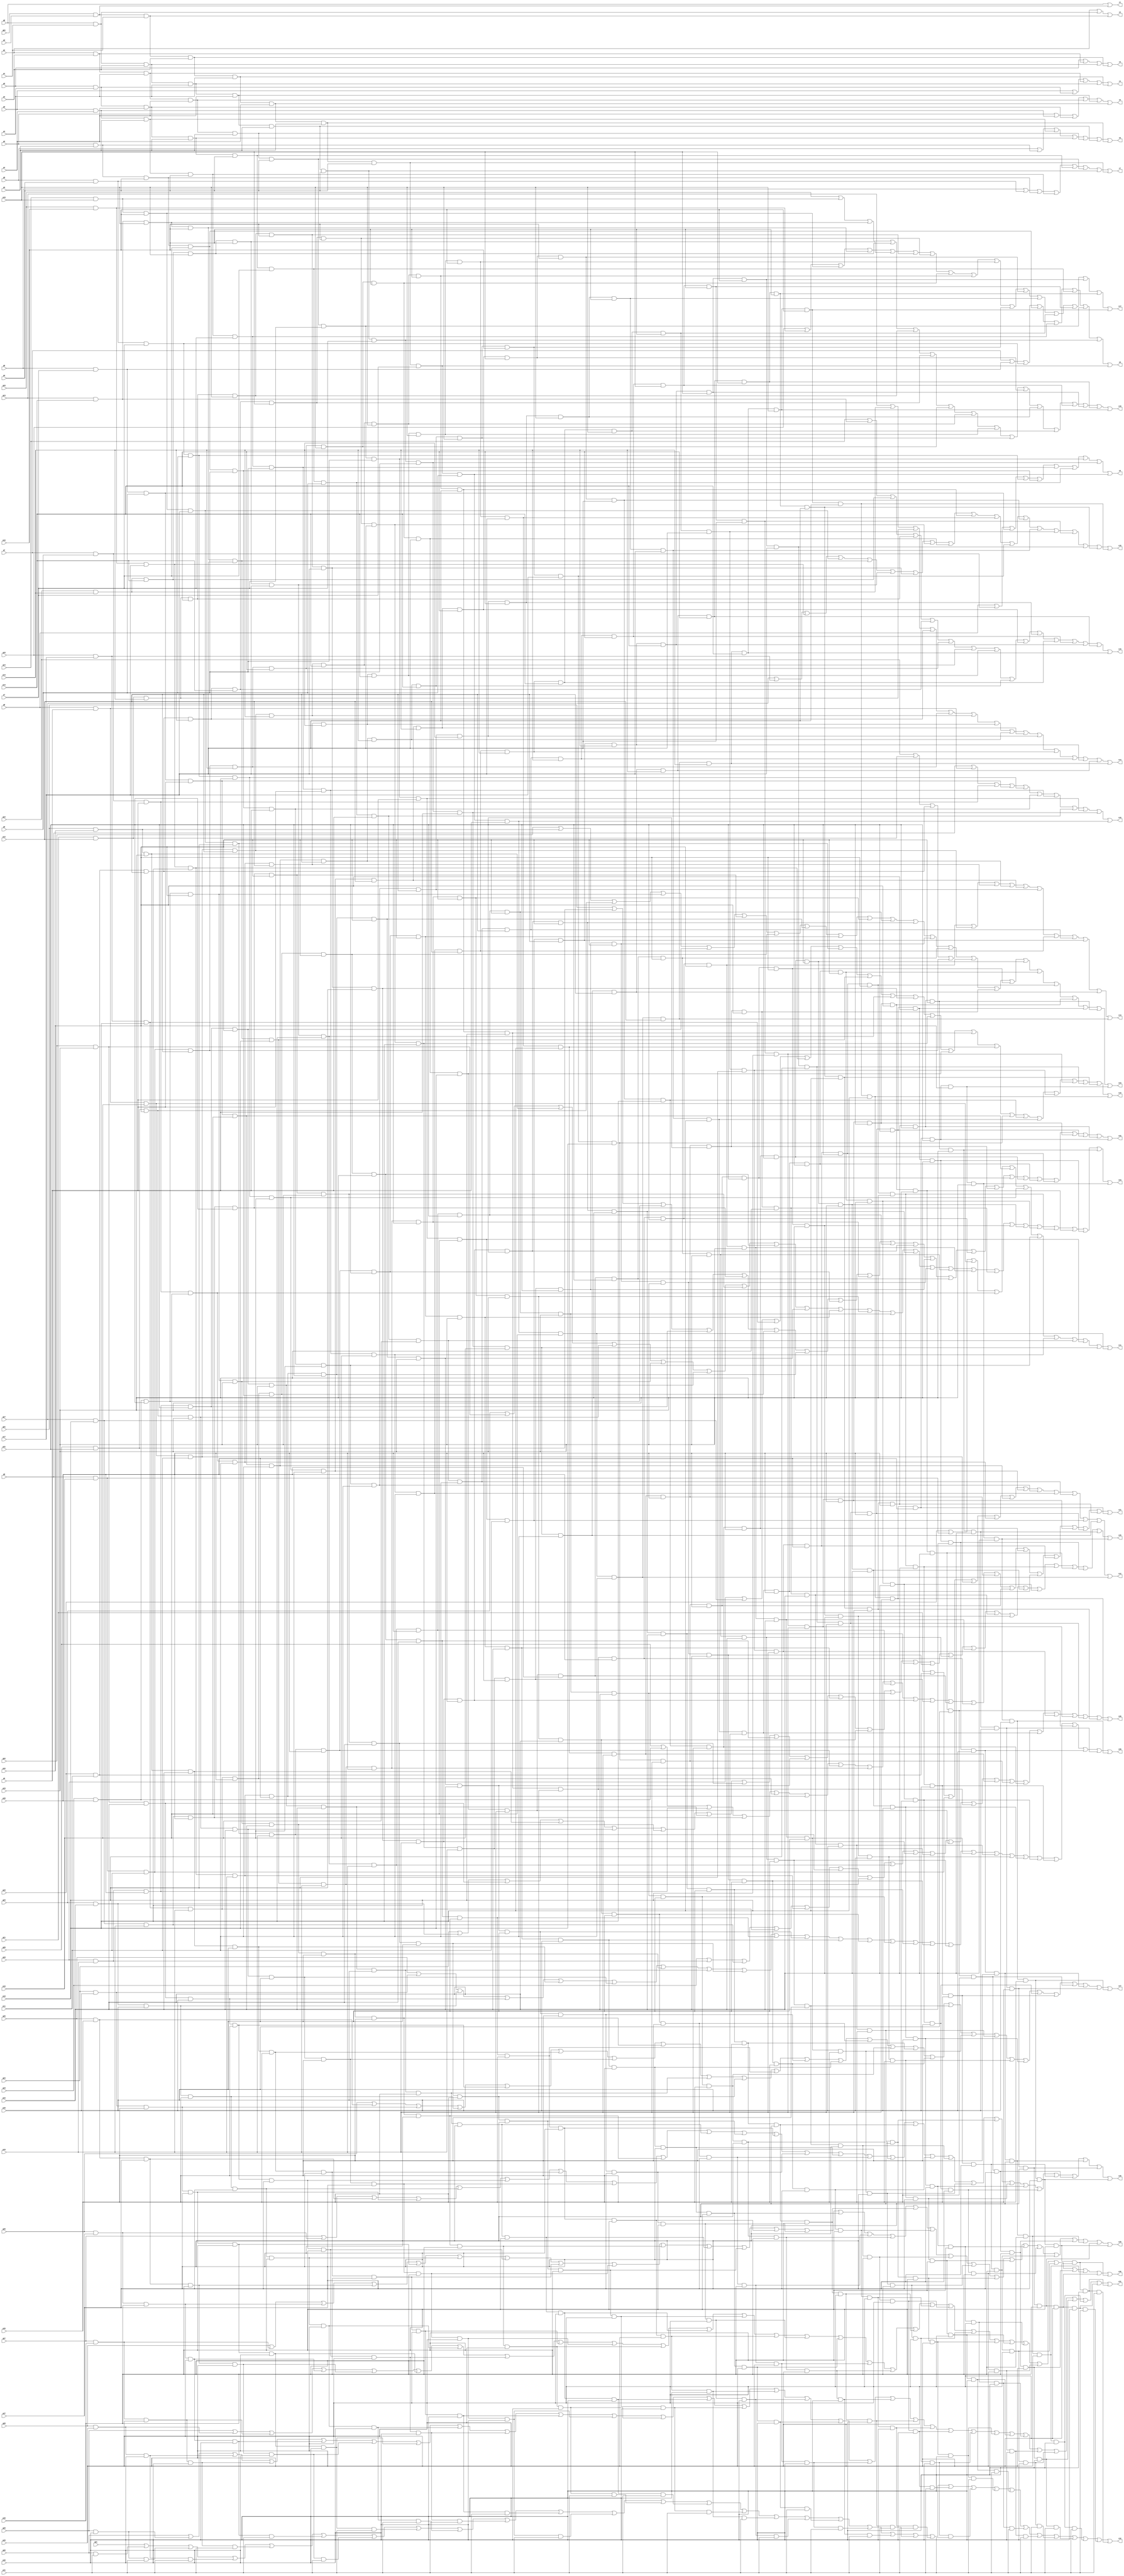
module ThirtyTwoBitCarryGenerator(gm1,g0,g1,g2,g3,g4,g5,g6,g7,g8,g9,g10,g11,g12,g13,g14,g15,g16,g17,g18,g19,g20,g21,g22,g23,g24,g25,g26,g27,g28,g29,g30,g31,p0,p1,p2,p3,p4,p5,p6,p7,p8,p9,p10,p11,p12,p13,p14,p15,p16,p17,p18,p19,p20,p21,p22,p23,p24,p25,p26,p27,p28,p29,p30,p31,c1,c2,c3,c4,c5,c6,c7,c8,c9,c10,c11,c12,c13,c14,c15,c16,c17,c18,c19,c20,c21,c22,c23,c24,c25,c26,c27,c28,c29,c30,c31,c32);
wire w0,w1,w2,w3,w4,w5,w6,w7,w8,w9,w10,w11,w12,w13,w14,w15,w16,w17,w18,w19,w20,w21,w22,w23,w24,w25,w26,w27,w28,w29,w30,w31,w32,w33,w34,w35,w36,w37,w38,w39,w40,w41,w42,w43,w44,w45,w46,w47,w48,w49,w50,w51,w52,w53,w54,w55,w56,w57,w58,w59,w60,w61,w62,w63,w64,w65,w66,w67,w68,w69,w70,w71,w72,w73,w74,w75,w76,w77,w78,w79,w80,w81,w82,w83,w84,w85,w86,w87,w88,w89,w90,w91,w92,w93,w94,w95,w96,w97,w98,w99,w100,w101,w102,w103,w104,w105,w106,w107,w108,w109,w110,w111,w112,w113,w114,w115,w116,w117,w118,w119,w120,w121,w122,w123,w124,w125,w126,w127,w128,w129,w130,w131,w132,w133,w134,w135,w136,w137,w138,w139,w140,w141,w142,w143,w144,w145,w146,w147,w148,w149,w150,w151,w152,w153,w154,w155,w156,w157,w158,w159,w160,w161,w162,w163,w164,w165,w166,w167,w168,w169,w170,w171,w172,w173,w174,w175,w176,w177,w178,w179,w180,w181,w182,w183,w184,w185,w186,w187,w188,w189,w190,w191,w192,w193,w194,w195,w196,w197,w198,w199,w200,w201,w202,w203,w204,w205,w206,w207,w208,w209,w210,w211,w212,w213,w214,w215,w216,w217,w218,w219,w220,w221,w222,w223,w224,w225,w226,w227,w228,w229,w230,w231,w232,w233,w234,w235,w236,w237,w238,w239,w240,w241,w242,w243,w244,w245,w246,w247,w248,w249,w250,w251,w252,w253,w254,w255,w256,w257,w258,w259,w260,w261,w262,w263,w264,w265,w266,w267,w268,w269,w270,w271,w272,w273,w274,w275,w276,w277,w278,w279,w280,w281,w282,w283,w284,w285,w286,w287,w288,w289,w290,w291,w292,w293,w294,w295,w296,w297,w298,w299,w300,w301,w302,w303,w304,w305,w306,w307,w308,w309,w310,w311,w312,w313,w314,w315,w316,w317,w318,w319,w320,w321,w322,w323,w324,w325,w326,w327,w328,w329,w330,w331,w332,w333,w334,w335,w336,w337,w338,w339,w340,w341,w342,w343,w344,w345,w346,w347,w348,w349,w350,w351,w352,w353,w354,w355,w356,w357,w358,w359,w360,w361,w362,w363,w364,w365,w366,w367,w368,w369,w370,w371,w372,w373,w374,w375,w376,w377,w378,w379,w380,w381,w382,w383,w384,w385,w386,w387,w388,w389,w390,w391,w392,w393,w394,w395,w396,w397,w398,w399,w400,w401,w402,w403,w404,w405,w406,w407,w408,w409,w410,w411,w412,w413,w414,w415,w416,w417,w418,w419,w420,w421,w422,w423,w424,w425,w426,w427,w428,w429,w430,w431,w432,w433,w434,w435,w436,w437,w438,w439,w440,w441,w442,w443,w444,w445,w446,w447,w448,w449,w450,w451,w452,w453,w454,w455,w456,w457,w458,w459,w460,w461,w462,w463,w464,w465,w466,w467,w468,w469,w470,w471,w472,w473,w474,w475,w476,w477,w478,w479,w480,w481,w482,w483,w484,w485,w486,w487,w488,w489,w490,w491,w492,w493,w494,w495,w496,w497,w498,w499,w500,w501,w502,w503,w504,w505,w506,w507,w508,w509,w510,w511,w512,w513,w514,w515,w516,w517,w518,w519,w520,w521,w522,w523,w524,w525,w526,w527;
input p0,p1,p2,p3,p4,p5,p6,p7,p8,p9,p10,p11,p12,p13,p14,p15,p16,p17,p18,p19,p20,p21,p22,p23,p24,p25,p26,p27,p28,p29,p30,p31,gm1,g0,g1,g2,g3,g4,g5,g6,g7,g8,g9,g10,g11,g12,g13,g14,g15,g16,g17,g18,g19,g20,g21,g22,g23,g24,g25,g26,g27,g28,g29,g30,g31;
output c1,c2,c3,c4,c5,c6,c7,c8,c9,c10,c11,c12,c13,c14,c15,c16,c17,c18,c19,c20,c21,c22,c23,c24,c25,c26,c27,c28,c29,c30,c31,c32;
and and0(w0,gm1,p0);
or or0(c1,g0,w0);
and and1(w1,g0,p1);
and and2(w2,gm1,p0,p1);
or or1(c2,g1,w1,w2);
and and3(w3,g1,p2);
and and4(w4,g0,p1,p2);
and and5(w5,gm1,p0,p1,p2);
or or2(c3,g2,w3,w4,w5);
and and6(w6,g2,p3);
and and7(w7,g1,p2,p3);
and and8(w8,g0,p1,p2,p3);
and and9(w9,gm1,p0,p1,p2,p3);
or or3(c4,g3,w6,w7,w8,w9);
and and10(w10,g3,p4);
and and11(w11,g2,p3,p4);
and and12(w12,g1,p2,p3,p4);
and and13(w13,g0,p1,p2,p3,p4);
and and14(w14,gm1,p0,p1,p2,p3,p4);
or or4(c5,g4,w10,w11,w12,w13,w14);
and and15(w15,g4,p5);
and and16(w16,g3,p4,p5);
and and17(w17,g2,p3,p4,p5);
and and18(w18,g1,p2,p3,p4,p5);
and and19(w19,g0,p1,p2,p3,p4,p5);
and and20(w20,gm1,p0,p1,p2,p3,p4,p5);
or or5(c6,g5,w15,w16,w17,w18,w19,w20);
and and21(w21,g5,p6);
and and22(w22,g4,p5,p6);
and and23(w23,g3,p4,p5,p6);
and and24(w24,g2,p3,p4,p5,p6);
and and25(w25,g1,p2,p3,p4,p5,p6);
and and26(w26,g0,p1,p2,p3,p4,p5,p6);
and and27(w27,gm1,p0,p1,p2,p3,p4,p5,p6);
or or6(c7,g6,w21,w22,w23,w24,w25,w26,w27);
and and28(w28,g6,p7);
and and29(w29,g5,p6,p7);
and and30(w30,g4,p5,p6,p7);
and and31(w31,g3,p4,p5,p6,p7);
and and32(w32,g2,p3,p4,p5,p6,p7);
and and33(w33,g1,p2,p3,p4,p5,p6,p7);
and and34(w34,g0,p1,p2,p3,p4,p5,p6,p7);
and and35(w35,gm1,p0,p1,p2,p3,p4,p5,p6,p7);
or or7(c8,g7,w28,w29,w30,w31,w32,w33,w34,w35);
and and36(w36,g7,p8);
and and37(w37,g6,p7,p8);
and and38(w38,g5,p6,p7,p8);
and and39(w39,g4,p5,p6,p7,p8);
and and40(w40,g3,p4,p5,p6,p7,p8);
and and41(w41,g2,p3,p4,p5,p6,p7,p8);
and and42(w42,g1,p2,p3,p4,p5,p6,p7,p8);
and and43(w43,g0,p1,p2,p3,p4,p5,p6,p7,p8);
and and44(w44,gm1,p0,p1,p2,p3,p4,p5,p6,p7,p8);
or or8(c9,g8,w36,w37,w38,w39,w40,w41,w42,w43,w44);
and and45(w45,g8,p9);
and and46(w46,g7,p8,p9);
and and47(w47,g6,p7,p8,p9);
and and48(w48,g5,p6,p7,p8,p9);
and and49(w49,g4,p5,p6,p7,p8,p9);
and and50(w50,g3,p4,p5,p6,p7,p8,p9);
and and51(w51,g2,p3,p4,p5,p6,p7,p8,p9);
and and52(w52,g1,p2,p3,p4,p5,p6,p7,p8,p9);
and and53(w53,g0,p1,p2,p3,p4,p5,p6,p7,p8,p9);
and and54(w54,gm1,p0,p1,p2,p3,p4,p5,p6,p7,p8,p9);
or or9(c10,g9,w45,w46,w47,w48,w49,w50,w51,w52,w53,w54);
and and55(w55,g9,p10);
and and56(w56,g8,p9,p10);
and and57(w57,g7,p8,p9,p10);
and and58(w58,g6,p7,p8,p9,p10);
and and59(w59,g5,p6,p7,p8,p9,p10);
and and60(w60,g4,p5,p6,p7,p8,p9,p10);
and and61(w61,g3,p4,p5,p6,p7,p8,p9,p10);
and and62(w62,g2,p3,p4,p5,p6,p7,p8,p9,p10);
and and63(w63,g1,p2,p3,p4,p5,p6,p7,p8,p9,p10);
and and64(w64,g0,p1,p2,p3,p4,p5,p6,p7,p8,p9,p10);
and and65(w65,gm1,p0,p1,p2,p3,p4,p5,p6,p7,p8,p9,p10);
or or10(c11,g10,w55,w56,w57,w58,w59,w60,w61,w62,w63,w64,w65);
and and66(w66,g10,p11);
and and67(w67,g9,p10,p11);
and and68(w68,g8,p9,p10,p11);
and and69(w69,g7,p8,p9,p10,p11);
and and70(w70,g6,p7,p8,p9,p10,p11);
and and71(w71,g5,p6,p7,p8,p9,p10,p11);
and and72(w72,g4,p5,p6,p7,p8,p9,p10,p11);
and and73(w73,g3,p4,p5,p6,p7,p8,p9,p10,p11);
and and74(w74,g2,p3,p4,p5,p6,p7,p8,p9,p10,p11);
and and75(w75,g1,p2,p3,p4,p5,p6,p7,p8,p9,p10,p11);
and and76(w76,g0,p1,p2,p3,p4,p5,p6,p7,p8,p9,p10,p11);
and and77(w77,gm1,p0,p1,p2,p3,p4,p5,p6,p7,p8,p9,p10,p11);
or or11(c12,g11,w66,w67,w68,w69,w70,w71,w72,w73,w74,w75,w76,w77);
and and78(w78,g11,p12);
and and79(w79,g10,p11,p12);
and and80(w80,g9,p10,p11,p12);
and and81(w81,g8,p9,p10,p11,p12);
and and82(w82,g7,p8,p9,p10,p11,p12);
and and83(w83,g6,p7,p8,p9,p10,p11,p12);
and and84(w84,g5,p6,p7,p8,p9,p10,p11,p12);
and and85(w85,g4,p5,p6,p7,p8,p9,p10,p11,p12);
and and86(w86,g3,p4,p5,p6,p7,p8,p9,p10,p11,p12);
and and87(w87,g2,p3,p4,p5,p6,p7,p8,p9,p10,p11,p12);
and and88(w88,g1,p2,p3,p4,p5,p6,p7,p8,p9,p10,p11,p12);
and and89(w89,g0,p1,p2,p3,p4,p5,p6,p7,p8,p9,p10,p11,p12);
and and90(w90,gm1,p0,p1,p2,p3,p4,p5,p6,p7,p8,p9,p10,p11,p12);
or or12(c13,g12,w78,w79,w80,w81,w82,w83,w84,w85,w86,w87,w88,w89,w90);
and and91(w91,g12,p13);
and and92(w92,g11,p12,p13);
and and93(w93,g10,p11,p12,p13);
and and94(w94,g9,p10,p11,p12,p13);
and and95(w95,g8,p9,p10,p11,p12,p13);
and and96(w96,g7,p8,p9,p10,p11,p12,p13);
and and97(w97,g6,p7,p8,p9,p10,p11,p12,p13);
and and98(w98,g5,p6,p7,p8,p9,p10,p11,p12,p13);
and and99(w99,g4,p5,p6,p7,p8,p9,p10,p11,p12,p13);
and and100(w100,g3,p4,p5,p6,p7,p8,p9,p10,p11,p12,p13);
and and101(w101,g2,p3,p4,p5,p6,p7,p8,p9,p10,p11,p12,p13);
and and102(w102,g1,p2,p3,p4,p5,p6,p7,p8,p9,p10,p11,p12,p13);
and and103(w103,g0,p1,p2,p3,p4,p5,p6,p7,p8,p9,p10,p11,p12,p13);
and and104(w104,gm1,p0,p1,p2,p3,p4,p5,p6,p7,p8,p9,p10,p11,p12,p13);
or or13(c14,g13,w91,w92,w93,w94,w95,w96,w97,w98,w99,w100,w101,w102,w103,w104);
and and105(w105,g13,p14);
and and106(w106,g12,p13,p14);
and and107(w107,g11,p12,p13,p14);
and and108(w108,g10,p11,p12,p13,p14);
and and109(w109,g9,p10,p11,p12,p13,p14);
and and110(w110,g8,p9,p10,p11,p12,p13,p14);
and and111(w111,g7,p8,p9,p10,p11,p12,p13,p14);
and and112(w112,g6,p7,p8,p9,p10,p11,p12,p13,p14);
and and113(w113,g5,p6,p7,p8,p9,p10,p11,p12,p13,p14);
and and114(w114,g4,p5,p6,p7,p8,p9,p10,p11,p12,p13,p14);
and and115(w115,g3,p4,p5,p6,p7,p8,p9,p10,p11,p12,p13,p14);
and and116(w116,g2,p3,p4,p5,p6,p7,p8,p9,p10,p11,p12,p13,p14);
and and117(w117,g1,p2,p3,p4,p5,p6,p7,p8,p9,p10,p11,p12,p13,p14);
and and118(w118,g0,p1,p2,p3,p4,p5,p6,p7,p8,p9,p10,p11,p12,p13,p14);
and and119(w119,gm1,p0,p1,p2,p3,p4,p5,p6,p7,p8,p9,p10,p11,p12,p13,p14);
or or14(c15,g14,w105,w106,w107,w108,w109,w110,w111,w112,w113,w114,w115,w116,w117,w118,w119);
and and120(w120,g14,p15);
and and121(w121,g13,p14,p15);
and and122(w122,g12,p13,p14,p15);
and and123(w123,g11,p12,p13,p14,p15);
and and124(w124,g10,p11,p12,p13,p14,p15);
and and125(w125,g9,p10,p11,p12,p13,p14,p15);
and and126(w126,g8,p9,p10,p11,p12,p13,p14,p15);
and and127(w127,g7,p8,p9,p10,p11,p12,p13,p14,p15);
and and128(w128,g6,p7,p8,p9,p10,p11,p12,p13,p14,p15);
and and129(w129,g5,p6,p7,p8,p9,p10,p11,p12,p13,p14,p15);
and and130(w130,g4,p5,p6,p7,p8,p9,p10,p11,p12,p13,p14,p15);
and and131(w131,g3,p4,p5,p6,p7,p8,p9,p10,p11,p12,p13,p14,p15);
and and132(w132,g2,p3,p4,p5,p6,p7,p8,p9,p10,p11,p12,p13,p14,p15);
and and133(w133,g1,p2,p3,p4,p5,p6,p7,p8,p9,p10,p11,p12,p13,p14,p15);
and and134(w134,g0,p1,p2,p3,p4,p5,p6,p7,p8,p9,p10,p11,p12,p13,p14,p15);
and and135(w135,gm1,p0,p1,p2,p3,p4,p5,p6,p7,p8,p9,p10,p11,p12,p13,p14,p15);
or or15(c16,g15,w120,w121,w122,w123,w124,w125,w126,w127,w128,w129,w130,w131,w132,w133,w134,w135);
and and136(w136,g15,p16);
and and137(w137,g14,p15,p16);
and and138(w138,g13,p14,p15,p16);
and and139(w139,g12,p13,p14,p15,p16);
and and140(w140,g11,p12,p13,p14,p15,p16);
and and141(w141,g10,p11,p12,p13,p14,p15,p16);
and and142(w142,g9,p10,p11,p12,p13,p14,p15,p16);
and and143(w143,g8,p9,p10,p11,p12,p13,p14,p15,p16);
and and144(w144,g7,p8,p9,p10,p11,p12,p13,p14,p15,p16);
and and145(w145,g6,p7,p8,p9,p10,p11,p12,p13,p14,p15,p16);
and and146(w146,g5,p6,p7,p8,p9,p10,p11,p12,p13,p14,p15,p16);
and and147(w147,g4,p5,p6,p7,p8,p9,p10,p11,p12,p13,p14,p15,p16);
and and148(w148,g3,p4,p5,p6,p7,p8,p9,p10,p11,p12,p13,p14,p15,p16);
and and149(w149,g2,p3,p4,p5,p6,p7,p8,p9,p10,p11,p12,p13,p14,p15,p16);
and and150(w150,g1,p2,p3,p4,p5,p6,p7,p8,p9,p10,p11,p12,p13,p14,p15,p16);
and and151(w151,g0,p1,p2,p3,p4,p5,p6,p7,p8,p9,p10,p11,p12,p13,p14,p15,p16);
and and152(w152,gm1,p0,p1,p2,p3,p4,p5,p6,p7,p8,p9,p10,p11,p12,p13,p14,p15,p16);
or or16(c17,g16,w136,w137,w138,w139,w140,w141,w142,w143,w144,w145,w146,w147,w148,w149,w150,w151,w152);
and and153(w153,g16,p17);
and and154(w154,g15,p16,p17);
and and155(w155,g14,p15,p16,p17);
and and156(w156,g13,p14,p15,p16,p17);
and and157(w157,g12,p13,p14,p15,p16,p17);
and and158(w158,g11,p12,p13,p14,p15,p16,p17);
and and159(w159,g10,p11,p12,p13,p14,p15,p16,p17);
and and160(w160,g9,p10,p11,p12,p13,p14,p15,p16,p17);
and and161(w161,g8,p9,p10,p11,p12,p13,p14,p15,p16,p17);
and and162(w162,g7,p8,p9,p10,p11,p12,p13,p14,p15,p16,p17);
and and163(w163,g6,p7,p8,p9,p10,p11,p12,p13,p14,p15,p16,p17);
and and164(w164,g5,p6,p7,p8,p9,p10,p11,p12,p13,p14,p15,p16,p17);
and and165(w165,g4,p5,p6,p7,p8,p9,p10,p11,p12,p13,p14,p15,p16,p17);
and and166(w166,g3,p4,p5,p6,p7,p8,p9,p10,p11,p12,p13,p14,p15,p16,p17);
and and167(w167,g2,p3,p4,p5,p6,p7,p8,p9,p10,p11,p12,p13,p14,p15,p16,p17);
and and168(w168,g1,p2,p3,p4,p5,p6,p7,p8,p9,p10,p11,p12,p13,p14,p15,p16,p17);
and and169(w169,g0,p1,p2,p3,p4,p5,p6,p7,p8,p9,p10,p11,p12,p13,p14,p15,p16,p17);
and and170(w170,gm1,p0,p1,p2,p3,p4,p5,p6,p7,p8,p9,p10,p11,p12,p13,p14,p15,p16,p17);
or or17(c18,g17,w153,w154,w155,w156,w157,w158,w159,w160,w161,w162,w163,w164,w165,w166,w167,w168,w169,w170);
and and171(w171,g17,p18);
and and172(w172,g16,p17,p18);
and and173(w173,g15,p16,p17,p18);
and and174(w174,g14,p15,p16,p17,p18);
and and175(w175,g13,p14,p15,p16,p17,p18);
and and176(w176,g12,p13,p14,p15,p16,p17,p18);
and and177(w177,g11,p12,p13,p14,p15,p16,p17,p18);
and and178(w178,g10,p11,p12,p13,p14,p15,p16,p17,p18);
and and179(w179,g9,p10,p11,p12,p13,p14,p15,p16,p17,p18);
and and180(w180,g8,p9,p10,p11,p12,p13,p14,p15,p16,p17,p18);
and and181(w181,g7,p8,p9,p10,p11,p12,p13,p14,p15,p16,p17,p18);
and and182(w182,g6,p7,p8,p9,p10,p11,p12,p13,p14,p15,p16,p17,p18);
and and183(w183,g5,p6,p7,p8,p9,p10,p11,p12,p13,p14,p15,p16,p17,p18);
and and184(w184,g4,p5,p6,p7,p8,p9,p10,p11,p12,p13,p14,p15,p16,p17,p18);
and and185(w185,g3,p4,p5,p6,p7,p8,p9,p10,p11,p12,p13,p14,p15,p16,p17,p18);
and and186(w186,g2,p3,p4,p5,p6,p7,p8,p9,p10,p11,p12,p13,p14,p15,p16,p17,p18);
and and187(w187,g1,p2,p3,p4,p5,p6,p7,p8,p9,p10,p11,p12,p13,p14,p15,p16,p17,p18);
and and188(w188,g0,p1,p2,p3,p4,p5,p6,p7,p8,p9,p10,p11,p12,p13,p14,p15,p16,p17,p18);
and and189(w189,gm1,p0,p1,p2,p3,p4,p5,p6,p7,p8,p9,p10,p11,p12,p13,p14,p15,p16,p17,p18);
or or18(c19,g18,w171,w172,w173,w174,w175,w176,w177,w178,w179,w180,w181,w182,w183,w184,w185,w186,w187,w188,w189);
and and190(w190,g18,p19);
and and191(w191,g17,p18,p19);
and and192(w192,g16,p17,p18,p19);
and and193(w193,g15,p16,p17,p18,p19);
and and194(w194,g14,p15,p16,p17,p18,p19);
and and195(w195,g13,p14,p15,p16,p17,p18,p19);
and and196(w196,g12,p13,p14,p15,p16,p17,p18,p19);
and and197(w197,g11,p12,p13,p14,p15,p16,p17,p18,p19);
and and198(w198,g10,p11,p12,p13,p14,p15,p16,p17,p18,p19);
and and199(w199,g9,p10,p11,p12,p13,p14,p15,p16,p17,p18,p19);
and and200(w200,g8,p9,p10,p11,p12,p13,p14,p15,p16,p17,p18,p19);
and and201(w201,g7,p8,p9,p10,p11,p12,p13,p14,p15,p16,p17,p18,p19);
and and202(w202,g6,p7,p8,p9,p10,p11,p12,p13,p14,p15,p16,p17,p18,p19);
and and203(w203,g5,p6,p7,p8,p9,p10,p11,p12,p13,p14,p15,p16,p17,p18,p19);
and and204(w204,g4,p5,p6,p7,p8,p9,p10,p11,p12,p13,p14,p15,p16,p17,p18,p19);
and and205(w205,g3,p4,p5,p6,p7,p8,p9,p10,p11,p12,p13,p14,p15,p16,p17,p18,p19);
and and206(w206,g2,p3,p4,p5,p6,p7,p8,p9,p10,p11,p12,p13,p14,p15,p16,p17,p18,p19);
and and207(w207,g1,p2,p3,p4,p5,p6,p7,p8,p9,p10,p11,p12,p13,p14,p15,p16,p17,p18,p19);
and and208(w208,g0,p1,p2,p3,p4,p5,p6,p7,p8,p9,p10,p11,p12,p13,p14,p15,p16,p17,p18,p19);
and and209(w209,gm1,p0,p1,p2,p3,p4,p5,p6,p7,p8,p9,p10,p11,p12,p13,p14,p15,p16,p17,p18,p19);
or or19(c20,g19,w190,w191,w192,w193,w194,w195,w196,w197,w198,w199,w200,w201,w202,w203,w204,w205,w206,w207,w208,w209);
and and210(w210,g19,p20);
and and211(w211,g18,p19,p20);
and and212(w212,g17,p18,p19,p20);
and and213(w213,g16,p17,p18,p19,p20);
and and214(w214,g15,p16,p17,p18,p19,p20);
and and215(w215,g14,p15,p16,p17,p18,p19,p20);
and and216(w216,g13,p14,p15,p16,p17,p18,p19,p20);
and and217(w217,g12,p13,p14,p15,p16,p17,p18,p19,p20);
and and218(w218,g11,p12,p13,p14,p15,p16,p17,p18,p19,p20);
and and219(w219,g10,p11,p12,p13,p14,p15,p16,p17,p18,p19,p20);
and and220(w220,g9,p10,p11,p12,p13,p14,p15,p16,p17,p18,p19,p20);
and and221(w221,g8,p9,p10,p11,p12,p13,p14,p15,p16,p17,p18,p19,p20);
and and222(w222,g7,p8,p9,p10,p11,p12,p13,p14,p15,p16,p17,p18,p19,p20);
and and223(w223,g6,p7,p8,p9,p10,p11,p12,p13,p14,p15,p16,p17,p18,p19,p20);
and and224(w224,g5,p6,p7,p8,p9,p10,p11,p12,p13,p14,p15,p16,p17,p18,p19,p20);
and and225(w225,g4,p5,p6,p7,p8,p9,p10,p11,p12,p13,p14,p15,p16,p17,p18,p19,p20);
and and226(w226,g3,p4,p5,p6,p7,p8,p9,p10,p11,p12,p13,p14,p15,p16,p17,p18,p19,p20);
and and227(w227,g2,p3,p4,p5,p6,p7,p8,p9,p10,p11,p12,p13,p14,p15,p16,p17,p18,p19,p20);
and and228(w228,g1,p2,p3,p4,p5,p6,p7,p8,p9,p10,p11,p12,p13,p14,p15,p16,p17,p18,p19,p20);
and and229(w229,g0,p1,p2,p3,p4,p5,p6,p7,p8,p9,p10,p11,p12,p13,p14,p15,p16,p17,p18,p19,p20);
and and230(w230,gm1,p0,p1,p2,p3,p4,p5,p6,p7,p8,p9,p10,p11,p12,p13,p14,p15,p16,p17,p18,p19,p20);
or or20(c21,g20,w210,w211,w212,w213,w214,w215,w216,w217,w218,w219,w220,w221,w222,w223,w224,w225,w226,w227,w228,w229,w230);
and and231(w231,g20,p21);
and and232(w232,g19,p20,p21);
and and233(w233,g18,p19,p20,p21);
and and234(w234,g17,p18,p19,p20,p21);
and and235(w235,g16,p17,p18,p19,p20,p21);
and and236(w236,g15,p16,p17,p18,p19,p20,p21);
and and237(w237,g14,p15,p16,p17,p18,p19,p20,p21);
and and238(w238,g13,p14,p15,p16,p17,p18,p19,p20,p21);
and and239(w239,g12,p13,p14,p15,p16,p17,p18,p19,p20,p21);
and and240(w240,g11,p12,p13,p14,p15,p16,p17,p18,p19,p20,p21);
and and241(w241,g10,p11,p12,p13,p14,p15,p16,p17,p18,p19,p20,p21);
and and242(w242,g9,p10,p11,p12,p13,p14,p15,p16,p17,p18,p19,p20,p21);
and and243(w243,g8,p9,p10,p11,p12,p13,p14,p15,p16,p17,p18,p19,p20,p21);
and and244(w244,g7,p8,p9,p10,p11,p12,p13,p14,p15,p16,p17,p18,p19,p20,p21);
and and245(w245,g6,p7,p8,p9,p10,p11,p12,p13,p14,p15,p16,p17,p18,p19,p20,p21);
and and246(w246,g5,p6,p7,p8,p9,p10,p11,p12,p13,p14,p15,p16,p17,p18,p19,p20,p21);
and and247(w247,g4,p5,p6,p7,p8,p9,p10,p11,p12,p13,p14,p15,p16,p17,p18,p19,p20,p21);
and and248(w248,g3,p4,p5,p6,p7,p8,p9,p10,p11,p12,p13,p14,p15,p16,p17,p18,p19,p20,p21);
and and249(w249,g2,p3,p4,p5,p6,p7,p8,p9,p10,p11,p12,p13,p14,p15,p16,p17,p18,p19,p20,p21);
and and250(w250,g1,p2,p3,p4,p5,p6,p7,p8,p9,p10,p11,p12,p13,p14,p15,p16,p17,p18,p19,p20,p21);
and and251(w251,g0,p1,p2,p3,p4,p5,p6,p7,p8,p9,p10,p11,p12,p13,p14,p15,p16,p17,p18,p19,p20,p21);
and and252(w252,gm1,p0,p1,p2,p3,p4,p5,p6,p7,p8,p9,p10,p11,p12,p13,p14,p15,p16,p17,p18,p19,p20,p21);
or or21(c22,g21,w231,w232,w233,w234,w235,w236,w237,w238,w239,w240,w241,w242,w243,w244,w245,w246,w247,w248,w249,w250,w251,w252);
and and253(w253,g21,p22);
and and254(w254,g20,p21,p22);
and and255(w255,g19,p20,p21,p22);
and and256(w256,g18,p19,p20,p21,p22);
and and257(w257,g17,p18,p19,p20,p21,p22);
and and258(w258,g16,p17,p18,p19,p20,p21,p22);
and and259(w259,g15,p16,p17,p18,p19,p20,p21,p22);
and and260(w260,g14,p15,p16,p17,p18,p19,p20,p21,p22);
and and261(w261,g13,p14,p15,p16,p17,p18,p19,p20,p21,p22);
and and262(w262,g12,p13,p14,p15,p16,p17,p18,p19,p20,p21,p22);
and and263(w263,g11,p12,p13,p14,p15,p16,p17,p18,p19,p20,p21,p22);
and and264(w264,g10,p11,p12,p13,p14,p15,p16,p17,p18,p19,p20,p21,p22);
and and265(w265,g9,p10,p11,p12,p13,p14,p15,p16,p17,p18,p19,p20,p21,p22);
and and266(w266,g8,p9,p10,p11,p12,p13,p14,p15,p16,p17,p18,p19,p20,p21,p22);
and and267(w267,g7,p8,p9,p10,p11,p12,p13,p14,p15,p16,p17,p18,p19,p20,p21,p22);
and and268(w268,g6,p7,p8,p9,p10,p11,p12,p13,p14,p15,p16,p17,p18,p19,p20,p21,p22);
and and269(w269,g5,p6,p7,p8,p9,p10,p11,p12,p13,p14,p15,p16,p17,p18,p19,p20,p21,p22);
and and270(w270,g4,p5,p6,p7,p8,p9,p10,p11,p12,p13,p14,p15,p16,p17,p18,p19,p20,p21,p22);
and and271(w271,g3,p4,p5,p6,p7,p8,p9,p10,p11,p12,p13,p14,p15,p16,p17,p18,p19,p20,p21,p22);
and and272(w272,g2,p3,p4,p5,p6,p7,p8,p9,p10,p11,p12,p13,p14,p15,p16,p17,p18,p19,p20,p21,p22);
and and273(w273,g1,p2,p3,p4,p5,p6,p7,p8,p9,p10,p11,p12,p13,p14,p15,p16,p17,p18,p19,p20,p21,p22);
and and274(w274,g0,p1,p2,p3,p4,p5,p6,p7,p8,p9,p10,p11,p12,p13,p14,p15,p16,p17,p18,p19,p20,p21,p22);
and and275(w275,gm1,p0,p1,p2,p3,p4,p5,p6,p7,p8,p9,p10,p11,p12,p13,p14,p15,p16,p17,p18,p19,p20,p21,p22);
or or22(c23,g22,w253,w254,w255,w256,w257,w258,w259,w260,w261,w262,w263,w264,w265,w266,w267,w268,w269,w270,w271,w272,w273,w274,w275);
and and276(w276,g22,p23);
and and277(w277,g21,p22,p23);
and and278(w278,g20,p21,p22,p23);
and and279(w279,g19,p20,p21,p22,p23);
and and280(w280,g18,p19,p20,p21,p22,p23);
and and281(w281,g17,p18,p19,p20,p21,p22,p23);
and and282(w282,g16,p17,p18,p19,p20,p21,p22,p23);
and and283(w283,g15,p16,p17,p18,p19,p20,p21,p22,p23);
and and284(w284,g14,p15,p16,p17,p18,p19,p20,p21,p22,p23);
and and285(w285,g13,p14,p15,p16,p17,p18,p19,p20,p21,p22,p23);
and and286(w286,g12,p13,p14,p15,p16,p17,p18,p19,p20,p21,p22,p23);
and and287(w287,g11,p12,p13,p14,p15,p16,p17,p18,p19,p20,p21,p22,p23);
and and288(w288,g10,p11,p12,p13,p14,p15,p16,p17,p18,p19,p20,p21,p22,p23);
and and289(w289,g9,p10,p11,p12,p13,p14,p15,p16,p17,p18,p19,p20,p21,p22,p23);
and and290(w290,g8,p9,p10,p11,p12,p13,p14,p15,p16,p17,p18,p19,p20,p21,p22,p23);
and and291(w291,g7,p8,p9,p10,p11,p12,p13,p14,p15,p16,p17,p18,p19,p20,p21,p22,p23);
and and292(w292,g6,p7,p8,p9,p10,p11,p12,p13,p14,p15,p16,p17,p18,p19,p20,p21,p22,p23);
and and293(w293,g5,p6,p7,p8,p9,p10,p11,p12,p13,p14,p15,p16,p17,p18,p19,p20,p21,p22,p23);
and and294(w294,g4,p5,p6,p7,p8,p9,p10,p11,p12,p13,p14,p15,p16,p17,p18,p19,p20,p21,p22,p23);
and and295(w295,g3,p4,p5,p6,p7,p8,p9,p10,p11,p12,p13,p14,p15,p16,p17,p18,p19,p20,p21,p22,p23);
and and296(w296,g2,p3,p4,p5,p6,p7,p8,p9,p10,p11,p12,p13,p14,p15,p16,p17,p18,p19,p20,p21,p22,p23);
and and297(w297,g1,p2,p3,p4,p5,p6,p7,p8,p9,p10,p11,p12,p13,p14,p15,p16,p17,p18,p19,p20,p21,p22,p23);
and and298(w298,g0,p1,p2,p3,p4,p5,p6,p7,p8,p9,p10,p11,p12,p13,p14,p15,p16,p17,p18,p19,p20,p21,p22,p23);
and and299(w299,gm1,p0,p1,p2,p3,p4,p5,p6,p7,p8,p9,p10,p11,p12,p13,p14,p15,p16,p17,p18,p19,p20,p21,p22,p23);
or or23(c24,g23,w276,w277,w278,w279,w280,w281,w282,w283,w284,w285,w286,w287,w288,w289,w290,w291,w292,w293,w294,w295,w296,w297,w298,w299);
and and300(w300,g23,p24);
and and301(w301,g22,p23,p24);
and and302(w302,g21,p22,p23,p24);
and and303(w303,g20,p21,p22,p23,p24);
and and304(w304,g19,p20,p21,p22,p23,p24);
and and305(w305,g18,p19,p20,p21,p22,p23,p24);
and and306(w306,g17,p18,p19,p20,p21,p22,p23,p24);
and and307(w307,g16,p17,p18,p19,p20,p21,p22,p23,p24);
and and308(w308,g15,p16,p17,p18,p19,p20,p21,p22,p23,p24);
and and309(w309,g14,p15,p16,p17,p18,p19,p20,p21,p22,p23,p24);
and and310(w310,g13,p14,p15,p16,p17,p18,p19,p20,p21,p22,p23,p24);
and and311(w311,g12,p13,p14,p15,p16,p17,p18,p19,p20,p21,p22,p23,p24);
and and312(w312,g11,p12,p13,p14,p15,p16,p17,p18,p19,p20,p21,p22,p23,p24);
and and313(w313,g10,p11,p12,p13,p14,p15,p16,p17,p18,p19,p20,p21,p22,p23,p24);
and and314(w314,g9,p10,p11,p12,p13,p14,p15,p16,p17,p18,p19,p20,p21,p22,p23,p24);
and and315(w315,g8,p9,p10,p11,p12,p13,p14,p15,p16,p17,p18,p19,p20,p21,p22,p23,p24);
and and316(w316,g7,p8,p9,p10,p11,p12,p13,p14,p15,p16,p17,p18,p19,p20,p21,p22,p23,p24);
and and317(w317,g6,p7,p8,p9,p10,p11,p12,p13,p14,p15,p16,p17,p18,p19,p20,p21,p22,p23,p24);
and and318(w318,g5,p6,p7,p8,p9,p10,p11,p12,p13,p14,p15,p16,p17,p18,p19,p20,p21,p22,p23,p24);
and and319(w319,g4,p5,p6,p7,p8,p9,p10,p11,p12,p13,p14,p15,p16,p17,p18,p19,p20,p21,p22,p23,p24);
and and320(w320,g3,p4,p5,p6,p7,p8,p9,p10,p11,p12,p13,p14,p15,p16,p17,p18,p19,p20,p21,p22,p23,p24);
and and321(w321,g2,p3,p4,p5,p6,p7,p8,p9,p10,p11,p12,p13,p14,p15,p16,p17,p18,p19,p20,p21,p22,p23,p24);
and and322(w322,g1,p2,p3,p4,p5,p6,p7,p8,p9,p10,p11,p12,p13,p14,p15,p16,p17,p18,p19,p20,p21,p22,p23,p24);
and and323(w323,g0,p1,p2,p3,p4,p5,p6,p7,p8,p9,p10,p11,p12,p13,p14,p15,p16,p17,p18,p19,p20,p21,p22,p23,p24);
and and324(w324,gm1,p0,p1,p2,p3,p4,p5,p6,p7,p8,p9,p10,p11,p12,p13,p14,p15,p16,p17,p18,p19,p20,p21,p22,p23,p24);
or or24(c25,g24,w300,w301,w302,w303,w304,w305,w306,w307,w308,w309,w310,w311,w312,w313,w314,w315,w316,w317,w318,w319,w320,w321,w322,w323,w324);
and and325(w325,g24,p25);
and and326(w326,g23,p24,p25);
and and327(w327,g22,p23,p24,p25);
and and328(w328,g21,p22,p23,p24,p25);
and and329(w329,g20,p21,p22,p23,p24,p25);
and and330(w330,g19,p20,p21,p22,p23,p24,p25);
and and331(w331,g18,p19,p20,p21,p22,p23,p24,p25);
and and332(w332,g17,p18,p19,p20,p21,p22,p23,p24,p25);
and and333(w333,g16,p17,p18,p19,p20,p21,p22,p23,p24,p25);
and and334(w334,g15,p16,p17,p18,p19,p20,p21,p22,p23,p24,p25);
and and335(w335,g14,p15,p16,p17,p18,p19,p20,p21,p22,p23,p24,p25);
and and336(w336,g13,p14,p15,p16,p17,p18,p19,p20,p21,p22,p23,p24,p25);
and and337(w337,g12,p13,p14,p15,p16,p17,p18,p19,p20,p21,p22,p23,p24,p25);
and and338(w338,g11,p12,p13,p14,p15,p16,p17,p18,p19,p20,p21,p22,p23,p24,p25);
and and339(w339,g10,p11,p12,p13,p14,p15,p16,p17,p18,p19,p20,p21,p22,p23,p24,p25);
and and340(w340,g9,p10,p11,p12,p13,p14,p15,p16,p17,p18,p19,p20,p21,p22,p23,p24,p25);
and and341(w341,g8,p9,p10,p11,p12,p13,p14,p15,p16,p17,p18,p19,p20,p21,p22,p23,p24,p25);
and and342(w342,g7,p8,p9,p10,p11,p12,p13,p14,p15,p16,p17,p18,p19,p20,p21,p22,p23,p24,p25);
and and343(w343,g6,p7,p8,p9,p10,p11,p12,p13,p14,p15,p16,p17,p18,p19,p20,p21,p22,p23,p24,p25);
and and344(w344,g5,p6,p7,p8,p9,p10,p11,p12,p13,p14,p15,p16,p17,p18,p19,p20,p21,p22,p23,p24,p25);
and and345(w345,g4,p5,p6,p7,p8,p9,p10,p11,p12,p13,p14,p15,p16,p17,p18,p19,p20,p21,p22,p23,p24,p25);
and and346(w346,g3,p4,p5,p6,p7,p8,p9,p10,p11,p12,p13,p14,p15,p16,p17,p18,p19,p20,p21,p22,p23,p24,p25);
and and347(w347,g2,p3,p4,p5,p6,p7,p8,p9,p10,p11,p12,p13,p14,p15,p16,p17,p18,p19,p20,p21,p22,p23,p24,p25);
and and348(w348,g1,p2,p3,p4,p5,p6,p7,p8,p9,p10,p11,p12,p13,p14,p15,p16,p17,p18,p19,p20,p21,p22,p23,p24,p25);
and and349(w349,g0,p1,p2,p3,p4,p5,p6,p7,p8,p9,p10,p11,p12,p13,p14,p15,p16,p17,p18,p19,p20,p21,p22,p23,p24,p25);
and and350(w350,gm1,p0,p1,p2,p3,p4,p5,p6,p7,p8,p9,p10,p11,p12,p13,p14,p15,p16,p17,p18,p19,p20,p21,p22,p23,p24,p25);
or or25(c26,g25,w325,w326,w327,w328,w329,w330,w331,w332,w333,w334,w335,w336,w337,w338,w339,w340,w341,w342,w343,w344,w345,w346,w347,w348,w349,w350);
and and351(w351,g25,p26);
and and352(w352,g24,p25,p26);
and and353(w353,g23,p24,p25,p26);
and and354(w354,g22,p23,p24,p25,p26);
and and355(w355,g21,p22,p23,p24,p25,p26);
and and356(w356,g20,p21,p22,p23,p24,p25,p26);
and and357(w357,g19,p20,p21,p22,p23,p24,p25,p26);
and and358(w358,g18,p19,p20,p21,p22,p23,p24,p25,p26);
and and359(w359,g17,p18,p19,p20,p21,p22,p23,p24,p25,p26);
and and360(w360,g16,p17,p18,p19,p20,p21,p22,p23,p24,p25,p26);
and and361(w361,g15,p16,p17,p18,p19,p20,p21,p22,p23,p24,p25,p26);
and and362(w362,g14,p15,p16,p17,p18,p19,p20,p21,p22,p23,p24,p25,p26);
and and363(w363,g13,p14,p15,p16,p17,p18,p19,p20,p21,p22,p23,p24,p25,p26);
and and364(w364,g12,p13,p14,p15,p16,p17,p18,p19,p20,p21,p22,p23,p24,p25,p26);
and and365(w365,g11,p12,p13,p14,p15,p16,p17,p18,p19,p20,p21,p22,p23,p24,p25,p26);
and and366(w366,g10,p11,p12,p13,p14,p15,p16,p17,p18,p19,p20,p21,p22,p23,p24,p25,p26);
and and367(w367,g9,p10,p11,p12,p13,p14,p15,p16,p17,p18,p19,p20,p21,p22,p23,p24,p25,p26);
and and368(w368,g8,p9,p10,p11,p12,p13,p14,p15,p16,p17,p18,p19,p20,p21,p22,p23,p24,p25,p26);
and and369(w369,g7,p8,p9,p10,p11,p12,p13,p14,p15,p16,p17,p18,p19,p20,p21,p22,p23,p24,p25,p26);
and and370(w370,g6,p7,p8,p9,p10,p11,p12,p13,p14,p15,p16,p17,p18,p19,p20,p21,p22,p23,p24,p25,p26);
and and371(w371,g5,p6,p7,p8,p9,p10,p11,p12,p13,p14,p15,p16,p17,p18,p19,p20,p21,p22,p23,p24,p25,p26);
and and372(w372,g4,p5,p6,p7,p8,p9,p10,p11,p12,p13,p14,p15,p16,p17,p18,p19,p20,p21,p22,p23,p24,p25,p26);
and and373(w373,g3,p4,p5,p6,p7,p8,p9,p10,p11,p12,p13,p14,p15,p16,p17,p18,p19,p20,p21,p22,p23,p24,p25,p26);
and and374(w374,g2,p3,p4,p5,p6,p7,p8,p9,p10,p11,p12,p13,p14,p15,p16,p17,p18,p19,p20,p21,p22,p23,p24,p25,p26);
and and375(w375,g1,p2,p3,p4,p5,p6,p7,p8,p9,p10,p11,p12,p13,p14,p15,p16,p17,p18,p19,p20,p21,p22,p23,p24,p25,p26);
and and376(w376,g0,p1,p2,p3,p4,p5,p6,p7,p8,p9,p10,p11,p12,p13,p14,p15,p16,p17,p18,p19,p20,p21,p22,p23,p24,p25,p26);
and and377(w377,gm1,p0,p1,p2,p3,p4,p5,p6,p7,p8,p9,p10,p11,p12,p13,p14,p15,p16,p17,p18,p19,p20,p21,p22,p23,p24,p25,p26);
or or26(c27,g26,w351,w352,w353,w354,w355,w356,w357,w358,w359,w360,w361,w362,w363,w364,w365,w366,w367,w368,w369,w370,w371,w372,w373,w374,w375,w376,w377);
and and378(w378,g26,p27);
and and379(w379,g25,p26,p27);
and and380(w380,g24,p25,p26,p27);
and and381(w381,g23,p24,p25,p26,p27);
and and382(w382,g22,p23,p24,p25,p26,p27);
and and383(w383,g21,p22,p23,p24,p25,p26,p27);
and and384(w384,g20,p21,p22,p23,p24,p25,p26,p27);
and and385(w385,g19,p20,p21,p22,p23,p24,p25,p26,p27);
and and386(w386,g18,p19,p20,p21,p22,p23,p24,p25,p26,p27);
and and387(w387,g17,p18,p19,p20,p21,p22,p23,p24,p25,p26,p27);
and and388(w388,g16,p17,p18,p19,p20,p21,p22,p23,p24,p25,p26,p27);
and and389(w389,g15,p16,p17,p18,p19,p20,p21,p22,p23,p24,p25,p26,p27);
and and390(w390,g14,p15,p16,p17,p18,p19,p20,p21,p22,p23,p24,p25,p26,p27);
and and391(w391,g13,p14,p15,p16,p17,p18,p19,p20,p21,p22,p23,p24,p25,p26,p27);
and and392(w392,g12,p13,p14,p15,p16,p17,p18,p19,p20,p21,p22,p23,p24,p25,p26,p27);
and and393(w393,g11,p12,p13,p14,p15,p16,p17,p18,p19,p20,p21,p22,p23,p24,p25,p26,p27);
and and394(w394,g10,p11,p12,p13,p14,p15,p16,p17,p18,p19,p20,p21,p22,p23,p24,p25,p26,p27);
and and395(w395,g9,p10,p11,p12,p13,p14,p15,p16,p17,p18,p19,p20,p21,p22,p23,p24,p25,p26,p27);
and and396(w396,g8,p9,p10,p11,p12,p13,p14,p15,p16,p17,p18,p19,p20,p21,p22,p23,p24,p25,p26,p27);
and and397(w397,g7,p8,p9,p10,p11,p12,p13,p14,p15,p16,p17,p18,p19,p20,p21,p22,p23,p24,p25,p26,p27);
and and398(w398,g6,p7,p8,p9,p10,p11,p12,p13,p14,p15,p16,p17,p18,p19,p20,p21,p22,p23,p24,p25,p26,p27);
and and399(w399,g5,p6,p7,p8,p9,p10,p11,p12,p13,p14,p15,p16,p17,p18,p19,p20,p21,p22,p23,p24,p25,p26,p27);
and and400(w400,g4,p5,p6,p7,p8,p9,p10,p11,p12,p13,p14,p15,p16,p17,p18,p19,p20,p21,p22,p23,p24,p25,p26,p27);
and and401(w401,g3,p4,p5,p6,p7,p8,p9,p10,p11,p12,p13,p14,p15,p16,p17,p18,p19,p20,p21,p22,p23,p24,p25,p26,p27);
and and402(w402,g2,p3,p4,p5,p6,p7,p8,p9,p10,p11,p12,p13,p14,p15,p16,p17,p18,p19,p20,p21,p22,p23,p24,p25,p26,p27);
and and403(w403,g1,p2,p3,p4,p5,p6,p7,p8,p9,p10,p11,p12,p13,p14,p15,p16,p17,p18,p19,p20,p21,p22,p23,p24,p25,p26,p27);
and and404(w404,g0,p1,p2,p3,p4,p5,p6,p7,p8,p9,p10,p11,p12,p13,p14,p15,p16,p17,p18,p19,p20,p21,p22,p23,p24,p25,p26,p27);
and and405(w405,gm1,p0,p1,p2,p3,p4,p5,p6,p7,p8,p9,p10,p11,p12,p13,p14,p15,p16,p17,p18,p19,p20,p21,p22,p23,p24,p25,p26,p27);
or or27(c28,g27,w378,w379,w380,w381,w382,w383,w384,w385,w386,w387,w388,w389,w390,w391,w392,w393,w394,w395,w396,w397,w398,w399,w400,w401,w402,w403,w404,w405);
and and406(w406,g27,p28);
and and407(w407,g26,p27,p28);
and and408(w408,g25,p26,p27,p28);
and and409(w409,g24,p25,p26,p27,p28);
and and410(w410,g23,p24,p25,p26,p27,p28);
and and411(w411,g22,p23,p24,p25,p26,p27,p28);
and and412(w412,g21,p22,p23,p24,p25,p26,p27,p28);
and and413(w413,g20,p21,p22,p23,p24,p25,p26,p27,p28);
and and414(w414,g19,p20,p21,p22,p23,p24,p25,p26,p27,p28);
and and415(w415,g18,p19,p20,p21,p22,p23,p24,p25,p26,p27,p28);
and and416(w416,g17,p18,p19,p20,p21,p22,p23,p24,p25,p26,p27,p28);
and and417(w417,g16,p17,p18,p19,p20,p21,p22,p23,p24,p25,p26,p27,p28);
and and418(w418,g15,p16,p17,p18,p19,p20,p21,p22,p23,p24,p25,p26,p27,p28);
and and419(w419,g14,p15,p16,p17,p18,p19,p20,p21,p22,p23,p24,p25,p26,p27,p28);
and and420(w420,g13,p14,p15,p16,p17,p18,p19,p20,p21,p22,p23,p24,p25,p26,p27,p28);
and and421(w421,g12,p13,p14,p15,p16,p17,p18,p19,p20,p21,p22,p23,p24,p25,p26,p27,p28);
and and422(w422,g11,p12,p13,p14,p15,p16,p17,p18,p19,p20,p21,p22,p23,p24,p25,p26,p27,p28);
and and423(w423,g10,p11,p12,p13,p14,p15,p16,p17,p18,p19,p20,p21,p22,p23,p24,p25,p26,p27,p28);
and and424(w424,g9,p10,p11,p12,p13,p14,p15,p16,p17,p18,p19,p20,p21,p22,p23,p24,p25,p26,p27,p28);
and and425(w425,g8,p9,p10,p11,p12,p13,p14,p15,p16,p17,p18,p19,p20,p21,p22,p23,p24,p25,p26,p27,p28);
and and426(w426,g7,p8,p9,p10,p11,p12,p13,p14,p15,p16,p17,p18,p19,p20,p21,p22,p23,p24,p25,p26,p27,p28);
and and427(w427,g6,p7,p8,p9,p10,p11,p12,p13,p14,p15,p16,p17,p18,p19,p20,p21,p22,p23,p24,p25,p26,p27,p28);
and and428(w428,g5,p6,p7,p8,p9,p10,p11,p12,p13,p14,p15,p16,p17,p18,p19,p20,p21,p22,p23,p24,p25,p26,p27,p28);
and and429(w429,g4,p5,p6,p7,p8,p9,p10,p11,p12,p13,p14,p15,p16,p17,p18,p19,p20,p21,p22,p23,p24,p25,p26,p27,p28);
and and430(w430,g3,p4,p5,p6,p7,p8,p9,p10,p11,p12,p13,p14,p15,p16,p17,p18,p19,p20,p21,p22,p23,p24,p25,p26,p27,p28);
and and431(w431,g2,p3,p4,p5,p6,p7,p8,p9,p10,p11,p12,p13,p14,p15,p16,p17,p18,p19,p20,p21,p22,p23,p24,p25,p26,p27,p28);
and and432(w432,g1,p2,p3,p4,p5,p6,p7,p8,p9,p10,p11,p12,p13,p14,p15,p16,p17,p18,p19,p20,p21,p22,p23,p24,p25,p26,p27,p28);
and and433(w433,g0,p1,p2,p3,p4,p5,p6,p7,p8,p9,p10,p11,p12,p13,p14,p15,p16,p17,p18,p19,p20,p21,p22,p23,p24,p25,p26,p27,p28);
and and434(w434,gm1,p0,p1,p2,p3,p4,p5,p6,p7,p8,p9,p10,p11,p12,p13,p14,p15,p16,p17,p18,p19,p20,p21,p22,p23,p24,p25,p26,p27,p28);
or or28(c29,g28,w406,w407,w408,w409,w410,w411,w412,w413,w414,w415,w416,w417,w418,w419,w420,w421,w422,w423,w424,w425,w426,w427,w428,w429,w430,w431,w432,w433,w434);
and and435(w435,g28,p29);
and and436(w436,g27,p28,p29);
and and437(w437,g26,p27,p28,p29);
and and438(w438,g25,p26,p27,p28,p29);
and and439(w439,g24,p25,p26,p27,p28,p29);
and and440(w440,g23,p24,p25,p26,p27,p28,p29);
and and441(w441,g22,p23,p24,p25,p26,p27,p28,p29);
and and442(w442,g21,p22,p23,p24,p25,p26,p27,p28,p29);
and and443(w443,g20,p21,p22,p23,p24,p25,p26,p27,p28,p29);
and and444(w444,g19,p20,p21,p22,p23,p24,p25,p26,p27,p28,p29);
and and445(w445,g18,p19,p20,p21,p22,p23,p24,p25,p26,p27,p28,p29);
and and446(w446,g17,p18,p19,p20,p21,p22,p23,p24,p25,p26,p27,p28,p29);
and and447(w447,g16,p17,p18,p19,p20,p21,p22,p23,p24,p25,p26,p27,p28,p29);
and and448(w448,g15,p16,p17,p18,p19,p20,p21,p22,p23,p24,p25,p26,p27,p28,p29);
and and449(w449,g14,p15,p16,p17,p18,p19,p20,p21,p22,p23,p24,p25,p26,p27,p28,p29);
and and450(w450,g13,p14,p15,p16,p17,p18,p19,p20,p21,p22,p23,p24,p25,p26,p27,p28,p29);
and and451(w451,g12,p13,p14,p15,p16,p17,p18,p19,p20,p21,p22,p23,p24,p25,p26,p27,p28,p29);
and and452(w452,g11,p12,p13,p14,p15,p16,p17,p18,p19,p20,p21,p22,p23,p24,p25,p26,p27,p28,p29);
and and453(w453,g10,p11,p12,p13,p14,p15,p16,p17,p18,p19,p20,p21,p22,p23,p24,p25,p26,p27,p28,p29);
and and454(w454,g9,p10,p11,p12,p13,p14,p15,p16,p17,p18,p19,p20,p21,p22,p23,p24,p25,p26,p27,p28,p29);
and and455(w455,g8,p9,p10,p11,p12,p13,p14,p15,p16,p17,p18,p19,p20,p21,p22,p23,p24,p25,p26,p27,p28,p29);
and and456(w456,g7,p8,p9,p10,p11,p12,p13,p14,p15,p16,p17,p18,p19,p20,p21,p22,p23,p24,p25,p26,p27,p28,p29);
and and457(w457,g6,p7,p8,p9,p10,p11,p12,p13,p14,p15,p16,p17,p18,p19,p20,p21,p22,p23,p24,p25,p26,p27,p28,p29);
and and458(w458,g5,p6,p7,p8,p9,p10,p11,p12,p13,p14,p15,p16,p17,p18,p19,p20,p21,p22,p23,p24,p25,p26,p27,p28,p29);
and and459(w459,g4,p5,p6,p7,p8,p9,p10,p11,p12,p13,p14,p15,p16,p17,p18,p19,p20,p21,p22,p23,p24,p25,p26,p27,p28,p29);
and and460(w460,g3,p4,p5,p6,p7,p8,p9,p10,p11,p12,p13,p14,p15,p16,p17,p18,p19,p20,p21,p22,p23,p24,p25,p26,p27,p28,p29);
and and461(w461,g2,p3,p4,p5,p6,p7,p8,p9,p10,p11,p12,p13,p14,p15,p16,p17,p18,p19,p20,p21,p22,p23,p24,p25,p26,p27,p28,p29);
and and462(w462,g1,p2,p3,p4,p5,p6,p7,p8,p9,p10,p11,p12,p13,p14,p15,p16,p17,p18,p19,p20,p21,p22,p23,p24,p25,p26,p27,p28,p29);
and and463(w463,g0,p1,p2,p3,p4,p5,p6,p7,p8,p9,p10,p11,p12,p13,p14,p15,p16,p17,p18,p19,p20,p21,p22,p23,p24,p25,p26,p27,p28,p29);
and and464(w464,gm1,p0,p1,p2,p3,p4,p5,p6,p7,p8,p9,p10,p11,p12,p13,p14,p15,p16,p17,p18,p19,p20,p21,p22,p23,p24,p25,p26,p27,p28,p29);
or or29(c30,g29,w435,w436,w437,w438,w439,w440,w441,w442,w443,w444,w445,w446,w447,w448,w449,w450,w451,w452,w453,w454,w455,w456,w457,w458,w459,w460,w461,w462,w463,w464);
and and465(w465,g29,p30);
and and466(w466,g28,p29,p30);
and and467(w467,g27,p28,p29,p30);
and and468(w468,g26,p27,p28,p29,p30);
and and469(w469,g25,p26,p27,p28,p29,p30);
and and470(w470,g24,p25,p26,p27,p28,p29,p30);
and and471(w471,g23,p24,p25,p26,p27,p28,p29,p30);
and and472(w472,g22,p23,p24,p25,p26,p27,p28,p29,p30);
and and473(w473,g21,p22,p23,p24,p25,p26,p27,p28,p29,p30);
and and474(w474,g20,p21,p22,p23,p24,p25,p26,p27,p28,p29,p30);
and and475(w475,g19,p20,p21,p22,p23,p24,p25,p26,p27,p28,p29,p30);
and and476(w476,g18,p19,p20,p21,p22,p23,p24,p25,p26,p27,p28,p29,p30);
and and477(w477,g17,p18,p19,p20,p21,p22,p23,p24,p25,p26,p27,p28,p29,p30);
and and478(w478,g16,p17,p18,p19,p20,p21,p22,p23,p24,p25,p26,p27,p28,p29,p30);
and and479(w479,g15,p16,p17,p18,p19,p20,p21,p22,p23,p24,p25,p26,p27,p28,p29,p30);
and and480(w480,g14,p15,p16,p17,p18,p19,p20,p21,p22,p23,p24,p25,p26,p27,p28,p29,p30);
and and481(w481,g13,p14,p15,p16,p17,p18,p19,p20,p21,p22,p23,p24,p25,p26,p27,p28,p29,p30);
and and482(w482,g12,p13,p14,p15,p16,p17,p18,p19,p20,p21,p22,p23,p24,p25,p26,p27,p28,p29,p30);
and and483(w483,g11,p12,p13,p14,p15,p16,p17,p18,p19,p20,p21,p22,p23,p24,p25,p26,p27,p28,p29,p30);
and and484(w484,g10,p11,p12,p13,p14,p15,p16,p17,p18,p19,p20,p21,p22,p23,p24,p25,p26,p27,p28,p29,p30);
and and485(w485,g9,p10,p11,p12,p13,p14,p15,p16,p17,p18,p19,p20,p21,p22,p23,p24,p25,p26,p27,p28,p29,p30);
and and486(w486,g8,p9,p10,p11,p12,p13,p14,p15,p16,p17,p18,p19,p20,p21,p22,p23,p24,p25,p26,p27,p28,p29,p30);
and and487(w487,g7,p8,p9,p10,p11,p12,p13,p14,p15,p16,p17,p18,p19,p20,p21,p22,p23,p24,p25,p26,p27,p28,p29,p30);
and and488(w488,g6,p7,p8,p9,p10,p11,p12,p13,p14,p15,p16,p17,p18,p19,p20,p21,p22,p23,p24,p25,p26,p27,p28,p29,p30);
and and489(w489,g5,p6,p7,p8,p9,p10,p11,p12,p13,p14,p15,p16,p17,p18,p19,p20,p21,p22,p23,p24,p25,p26,p27,p28,p29,p30);
and and490(w490,g4,p5,p6,p7,p8,p9,p10,p11,p12,p13,p14,p15,p16,p17,p18,p19,p20,p21,p22,p23,p24,p25,p26,p27,p28,p29,p30);
and and491(w491,g3,p4,p5,p6,p7,p8,p9,p10,p11,p12,p13,p14,p15,p16,p17,p18,p19,p20,p21,p22,p23,p24,p25,p26,p27,p28,p29,p30);
and and492(w492,g2,p3,p4,p5,p6,p7,p8,p9,p10,p11,p12,p13,p14,p15,p16,p17,p18,p19,p20,p21,p22,p23,p24,p25,p26,p27,p28,p29,p30);
and and493(w493,g1,p2,p3,p4,p5,p6,p7,p8,p9,p10,p11,p12,p13,p14,p15,p16,p17,p18,p19,p20,p21,p22,p23,p24,p25,p26,p27,p28,p29,p30);
and and494(w494,g0,p1,p2,p3,p4,p5,p6,p7,p8,p9,p10,p11,p12,p13,p14,p15,p16,p17,p18,p19,p20,p21,p22,p23,p24,p25,p26,p27,p28,p29,p30);
and and495(w495,gm1,p0,p1,p2,p3,p4,p5,p6,p7,p8,p9,p10,p11,p12,p13,p14,p15,p16,p17,p18,p19,p20,p21,p22,p23,p24,p25,p26,p27,p28,p29,p30);
or or30(c31,g30,w465,w466,w467,w468,w469,w470,w471,w472,w473,w474,w475,w476,w477,w478,w479,w480,w481,w482,w483,w484,w485,w486,w487,w488,w489,w490,w491,w492,w493,w494,w495);
and and496(w496,g30,p31);
and and497(w497,g29,p30,p31);
and and498(w498,g28,p29,p30,p31);
and and499(w499,g27,p28,p29,p30,p31);
and and500(w500,g26,p27,p28,p29,p30,p31);
and and501(w501,g25,p26,p27,p28,p29,p30,p31);
and and502(w502,g24,p25,p26,p27,p28,p29,p30,p31);
and and503(w503,g23,p24,p25,p26,p27,p28,p29,p30,p31);
and and504(w504,g22,p23,p24,p25,p26,p27,p28,p29,p30,p31);
and and505(w505,g21,p22,p23,p24,p25,p26,p27,p28,p29,p30,p31);
and and506(w506,g20,p21,p22,p23,p24,p25,p26,p27,p28,p29,p30,p31);
and and507(w507,g19,p20,p21,p22,p23,p24,p25,p26,p27,p28,p29,p30,p31);
and and508(w508,g18,p19,p20,p21,p22,p23,p24,p25,p26,p27,p28,p29,p30,p31);
and and509(w509,g17,p18,p19,p20,p21,p22,p23,p24,p25,p26,p27,p28,p29,p30,p31);
and and510(w510,g16,p17,p18,p19,p20,p21,p22,p23,p24,p25,p26,p27,p28,p29,p30,p31);
and and511(w511,g15,p16,p17,p18,p19,p20,p21,p22,p23,p24,p25,p26,p27,p28,p29,p30,p31);
and and512(w512,g14,p15,p16,p17,p18,p19,p20,p21,p22,p23,p24,p25,p26,p27,p28,p29,p30,p31);
and and513(w513,g13,p14,p15,p16,p17,p18,p19,p20,p21,p22,p23,p24,p25,p26,p27,p28,p29,p30,p31);
and and514(w514,g12,p13,p14,p15,p16,p17,p18,p19,p20,p21,p22,p23,p24,p25,p26,p27,p28,p29,p30,p31);
and and515(w515,g11,p12,p13,p14,p15,p16,p17,p18,p19,p20,p21,p22,p23,p24,p25,p26,p27,p28,p29,p30,p31);
and and516(w516,g10,p11,p12,p13,p14,p15,p16,p17,p18,p19,p20,p21,p22,p23,p24,p25,p26,p27,p28,p29,p30,p31);
and and517(w517,g9,p10,p11,p12,p13,p14,p15,p16,p17,p18,p19,p20,p21,p22,p23,p24,p25,p26,p27,p28,p29,p30,p31);
and and518(w518,g8,p9,p10,p11,p12,p13,p14,p15,p16,p17,p18,p19,p20,p21,p22,p23,p24,p25,p26,p27,p28,p29,p30,p31);
and and519(w519,g7,p8,p9,p10,p11,p12,p13,p14,p15,p16,p17,p18,p19,p20,p21,p22,p23,p24,p25,p26,p27,p28,p29,p30,p31);
and and520(w520,g6,p7,p8,p9,p10,p11,p12,p13,p14,p15,p16,p17,p18,p19,p20,p21,p22,p23,p24,p25,p26,p27,p28,p29,p30,p31);
and and521(w521,g5,p6,p7,p8,p9,p10,p11,p12,p13,p14,p15,p16,p17,p18,p19,p20,p21,p22,p23,p24,p25,p26,p27,p28,p29,p30,p31);
and and522(w522,g4,p5,p6,p7,p8,p9,p10,p11,p12,p13,p14,p15,p16,p17,p18,p19,p20,p21,p22,p23,p24,p25,p26,p27,p28,p29,p30,p31);
and and523(w523,g3,p4,p5,p6,p7,p8,p9,p10,p11,p12,p13,p14,p15,p16,p17,p18,p19,p20,p21,p22,p23,p24,p25,p26,p27,p28,p29,p30,p31);
and and524(w524,g2,p3,p4,p5,p6,p7,p8,p9,p10,p11,p12,p13,p14,p15,p16,p17,p18,p19,p20,p21,p22,p23,p24,p25,p26,p27,p28,p29,p30,p31);
and and525(w525,g1,p2,p3,p4,p5,p6,p7,p8,p9,p10,p11,p12,p13,p14,p15,p16,p17,p18,p19,p20,p21,p22,p23,p24,p25,p26,p27,p28,p29,p30,p31);
and and526(w526,g0,p1,p2,p3,p4,p5,p6,p7,p8,p9,p10,p11,p12,p13,p14,p15,p16,p17,p18,p19,p20,p21,p22,p23,p24,p25,p26,p27,p28,p29,p30,p31);
and and527(w527,gm1,p0,p1,p2,p3,p4,p5,p6,p7,p8,p9,p10,p11,p12,p13,p14,p15,p16,p17,p18,p19,p20,p21,p22,p23,p24,p25,p26,p27,p28,p29,p30,p31);
or or31(c32,g31,w496,w497,w498,w499,w500,w501,w502,w503,w504,w505,w506,w507,w508,w509,w510,w511,w512,w513,w514,w515,w516,w517,w518,w519,w520,w521,w522,w523,w524,w525,w526,w527);
endmodule